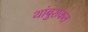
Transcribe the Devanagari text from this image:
थांबुशकत